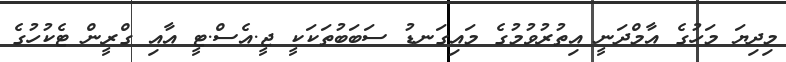
މިދިޔަ މަހުގެ އާމްދަނީ އިތުރުވުމުގެ މައިގަނޑު ސަބަބުތަކަކީ ޖީ.އެސް.ޓީ އާއި ގްރީން ޓެކުހުގެ